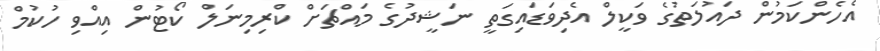
އެހެންކަމުން ދައުލަތުގެ ވަކީލް އެދިވަޑައިގަތީ ނަޝީދުގެ މައްޗަށް ކްރިިމިނަލް ކޯޓުން އިއްވި ހުކުމް